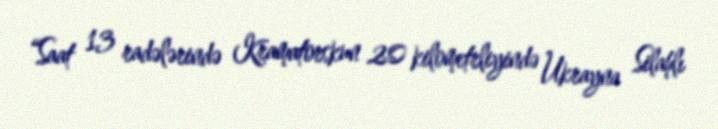
“Saat 13 radələrində Kramatorskun 20 kilometrliyində Ukrayna Silahlı